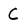
Character: C